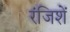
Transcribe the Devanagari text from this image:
रंजिशें